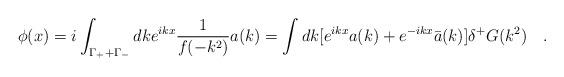
LaTeX: \begin{align*}\phi (x)=i\int_{\Gamma_+ +\Gamma_-}dk e^{ikx}\frac{1}{f(-k^2)} a(k)=\int dk [e^{ikx}a(k)+e^{-ikx}\bar{a}(k)]\delta^+ G (k^2)~~~.\end{align*}